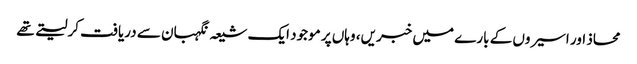
محاذ اور اسیروں کے بارے میں خبریں، وہاں پر موجود ایک شیعہ نگہبان سے دریافت کرلیتے تھے